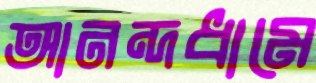
আনন্দধামে